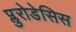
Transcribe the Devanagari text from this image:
प्लुरोडेसिस